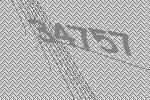
34757